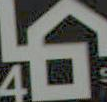
線